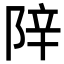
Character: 𬯁